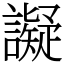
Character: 譺